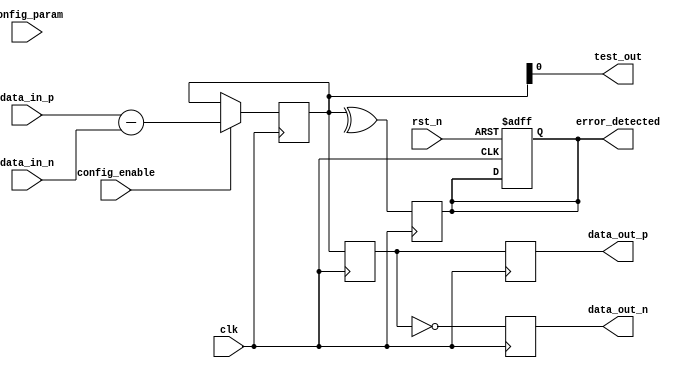
module gddr3_io_block (
    input wire clk,                // Clock input
    input wire rst_n,              // Active low reset
    input wire [31:0] data_in_p,   // Differential data input positive
    input wire [31:0] data_in_n,   // Differential data input negative
    output wire [31:0] data_out_p,  // Differential data output positive
    output wire [31:0] data_out_n,  // Differential data output negative
    input wire config_enable,       // Configuration enable signal
    input wire [2:0] config_param,  // Configuration parameters
    output wire error_detected,      // Error detection signal
    output wire test_out             // Testing output
);

// Internal signals
reg [31:0] data_buffer;              // Data buffer for input/output
reg error_flag;                      // Error flag for detection
reg [31:0] output_buffer;            // Output buffer
reg [3:0] slew_rate_control;         // Slew rate control
reg [31:0] internal_register;        // Internal register for initialization

// Reset and Initialization
always @(posedge clk or negedge rst_n) begin
    if (!rst_n) begin
        internal_register <= 32'b0;  // Reset internal register
        error_flag <= 1'b0;          // Clear error flag
    end else begin
        // Initialization logic
        internal_register <= 32'hA5A5A5A5; // Example initialization
    end
end

// Input Buffer Logic with Slew Rate Control
always @(posedge clk) begin
    if (config_enable) begin
        // Adjust buffer strength and slew rate based on config_param
        slew_rate_control <= config_param[3:0]; // Example usage
        data_buffer <= (data_in_p - data_in_n); // Differential input processing
    end
end

// Output Buffer Logic
always @(posedge clk) begin
    output_buffer <= data_buffer; // Pass data to output buffer
    data_out_p <= output_buffer;   // Assign to positive output
    data_out_n <= ~output_buffer;   // Assign inverted data to negative output
end

// Error Detection Logic (Example: Parity Check)
always @(posedge clk) begin
    // Simple parity check for error detection
    error_flag <= ^data_buffer; // XOR for parity
end

assign error_detected = error_flag; // Output error detection signal

// Test Access Point for Debugging
assign test_out = data_buffer[0]; // Example test output for debugging

endmodule